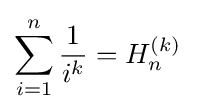
\sum _{i=1}^{n}{\frac {1}{i^{k}}}=H_{n}^{(k)}\quad